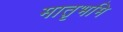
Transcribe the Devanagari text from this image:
मातृभमि